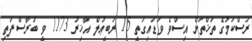
ރަސްކަމުގެ ތަޚްތަށް އިސްވެ ވަޑައިގަތީ 15 ރަބީޢުލް އާޚިރު 1173 ވީ ބުރާސްފަތި